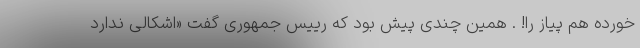
خورده هم پیاز را! . همین چندی پیش بود که رییس جمهوری گفت «اشکالی ندارد